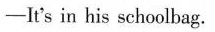
-It's in his schoolbag.